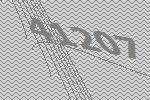
41207